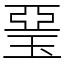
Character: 琧